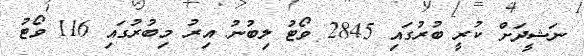
ނަޝީދަށް ކުރީ ބުރުގައި 2845 ވޯޓު ލިބުނު އިރު މިބުރުގައި 116 ވޯޓު